kultuurilooline_kollektsioon, lk 9
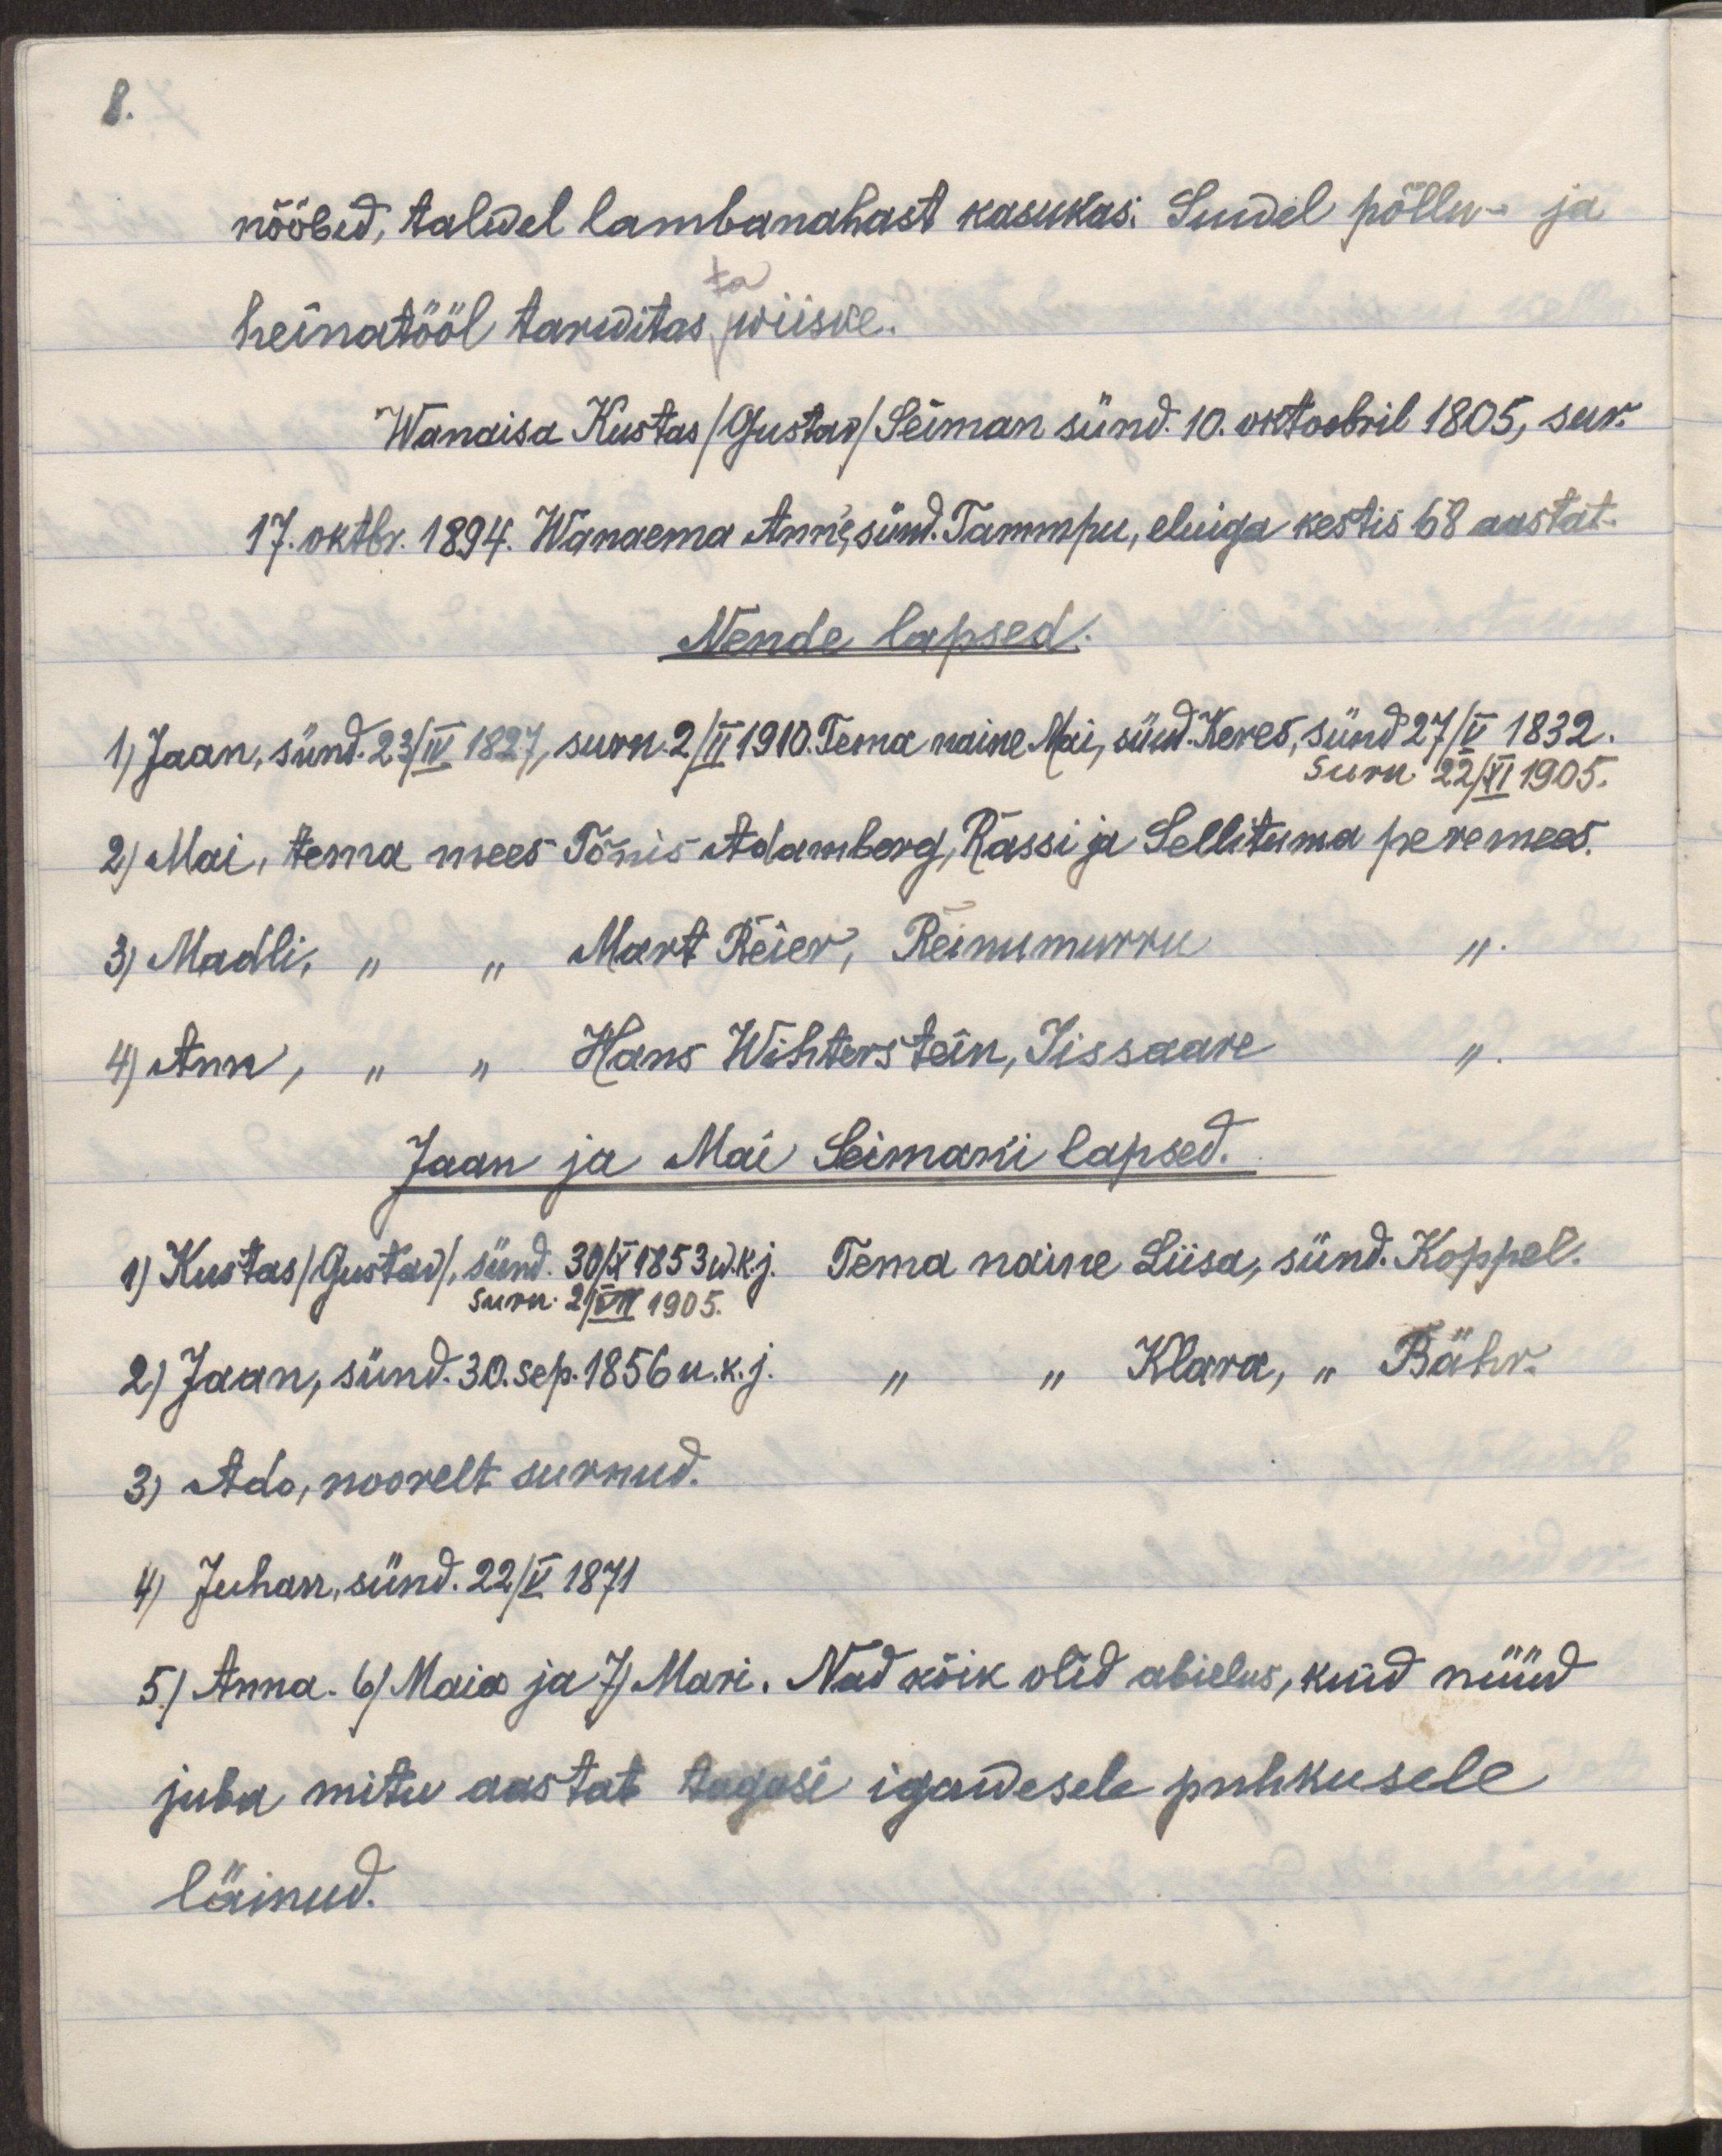
8.

nööbid, talwel lambanahast kasukas: Suwel põllu- ja
heinatööl tarwitas wiiske.
Wanaisa Kustas /Gustaw/ Seiman sünd. 10. oktoobril 1805, sur.
17. oktbr. 1894. Wanaema Anne, sünd. Tammepu, eluiga kestis 68 aastat.
Nende lapsed.
1) Jaan, sünd. 23/IV 1827, surn. 2/II 1910. Tema Naine Mai, sünd. Keres, sünd 27/V 1832.
Surn. 22/XI 1905.
2) Mai, tema mees Tõnis Adamberg, Rässi ja Sellituma peremees.
3) Madli, " " Mart Reier, Reinumurru ".
4) Ann, " " Hans Wihterstein Jissaare ".
Jaan ja Mai Seimani lapsed.
1) Kustas/Gustav/, sünd 30/X 1853 w.k.j. Tema naine Liisa, sünd. Koppel.
surm 2/VII 1905.
2) Jaan, sünd. 30. sep. 1856 u.k.j. " " Klara, " Bähr.
3) Ado, noorelt surnud.
4) Juhan, sünd. 22/V 1871
5) Anna. 6) Maia ja 7) Mari. Nad kõik olid abielus, kuid nüüd
juba mitu aastat tagasi igawesele puhkusele
läinud.